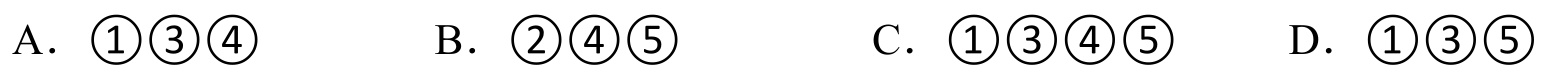
A．$\textcircled{1}\textcircled{3}\textcircled{4}$  B．$\textcircled{2}\textcircled{4}\textcircled{5}$  C．$\textcircled{1}\textcircled{3}\textcircled{4}\textcircled{5}$  D．$\textcircled{1}\textcircled{3}\textcircled{5}$